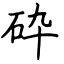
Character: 砕